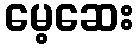
မေ့ဆေး